Report of an investigation of the epidemic of malarial fever in Assam, or, kala-azar
Disease focus: Malaria
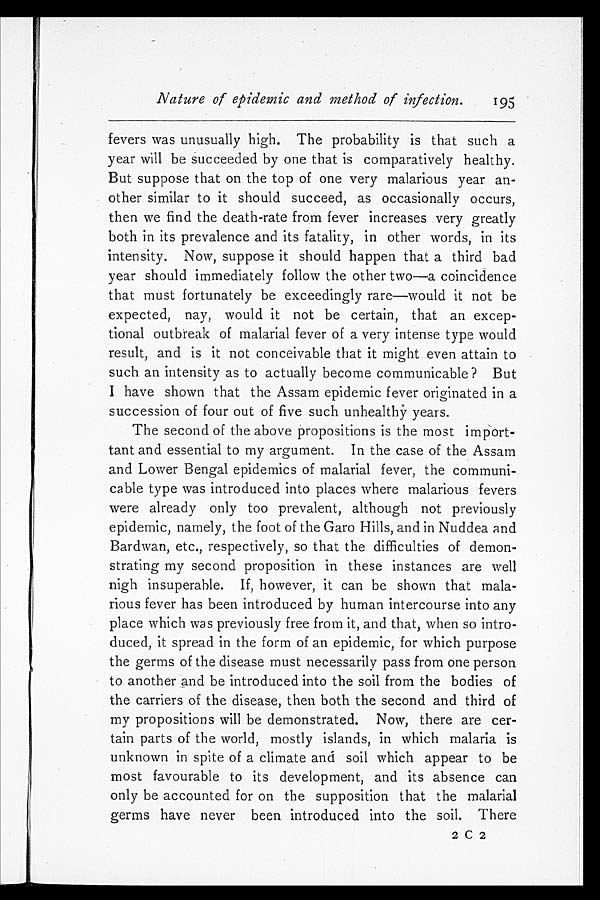
Nature of epidemic and method of infection.
195
fevers was unusually high. The probability is that such a
year will be succeeded by one that is comparatively healthy.
But suppose that on the top of one very malarious year an
-other similar to it should succeed, as occasionally occurs,
then we find the death-rate from fever increases very greatly
both in its prevalence and its fatality, in other words, in its
intensity. Now, suppose it should happen that a third bad
year should immediately follow the other two—a coincidence
that must fortunately be exceedingly rare—would it not be
expected, nay, would it not be certain, that an excep
-tional outbreak of malarial fever of a very intense type would
result, and is it not conceivable that it might even attain to
such an intensity as to actually become communicable? But
I have shown that the Assam epidemic fever originated in a
succession of four out of five such unhealthy years.
The second of the above propositions is the most import
-tant and essential to my argument. In the case of the Assam
and Lower Bengal epidemics of malarial fever, the communi
-cable type was introduced into places where malarious fevers
were already only too prevalent, although not previously
epidemic, namely, the foot of the Garo Hills, and in Nuddea and
Bardwan, etc., respectively, so that the difficulties of demon
-strating my second proposition in these instances are well
nigh insuperable. If, however, it can be shown that mala-
rious fever has been introduced by human intercourse into any
place which was previously free from it, and that, when so intro
-duced, it spread in the form of an epidemic, for which purpose
the germs of the disease must necessarily pass from one person
to another and be introduced into the soil from the bodies of
the carriers of the disease, then both the second and third of
my propositions will be demonstrated. Now, there are cer
-tain parts of the world, mostly islands, in which malaria is
unknown in spite of a climate and soil which appear to be
most favourable to its development, and its absence can
only be accounted for on the supposition that the malarial
germs have never been introduced into the soil. There
2 C 2